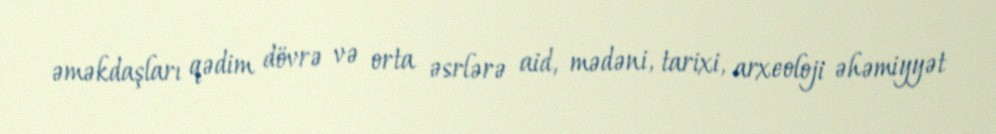
əməkdaşları qədim dövrə və orta əsrlərə aid, mədəni, tarixi, arxeoloji əhəmiyyət